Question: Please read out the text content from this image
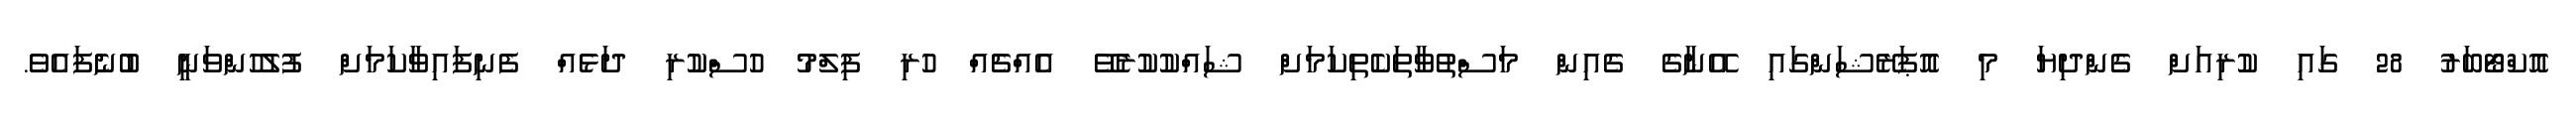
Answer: އޮކްޓޯބަރު 28 ގައި ކުރިއަށް ގެންދިޔަ މި އޮޕަރޭޝަންގައި އޭނާގެ ގެއިން މަސްތުވާތަކެތިކަމަށް ޝައްކުކުރެވޭ އެއްޗެއް ހުރި ފިލްމު ހުސްކުރި ދަޅެއް ފެނިފައިވާކަމަށް ފުލުހުންވަނީ ބުނެފައެވެ.